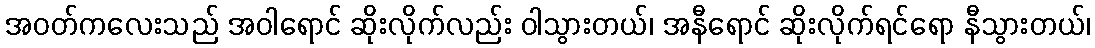
အဝတ်ကလေးသည် အဝါရောင် ဆိုးလိုက်လည်း ဝါသွားတယ်၊ အနီရောင် ဆိုးလိုက်ရင်ရော နီသွားတယ်၊